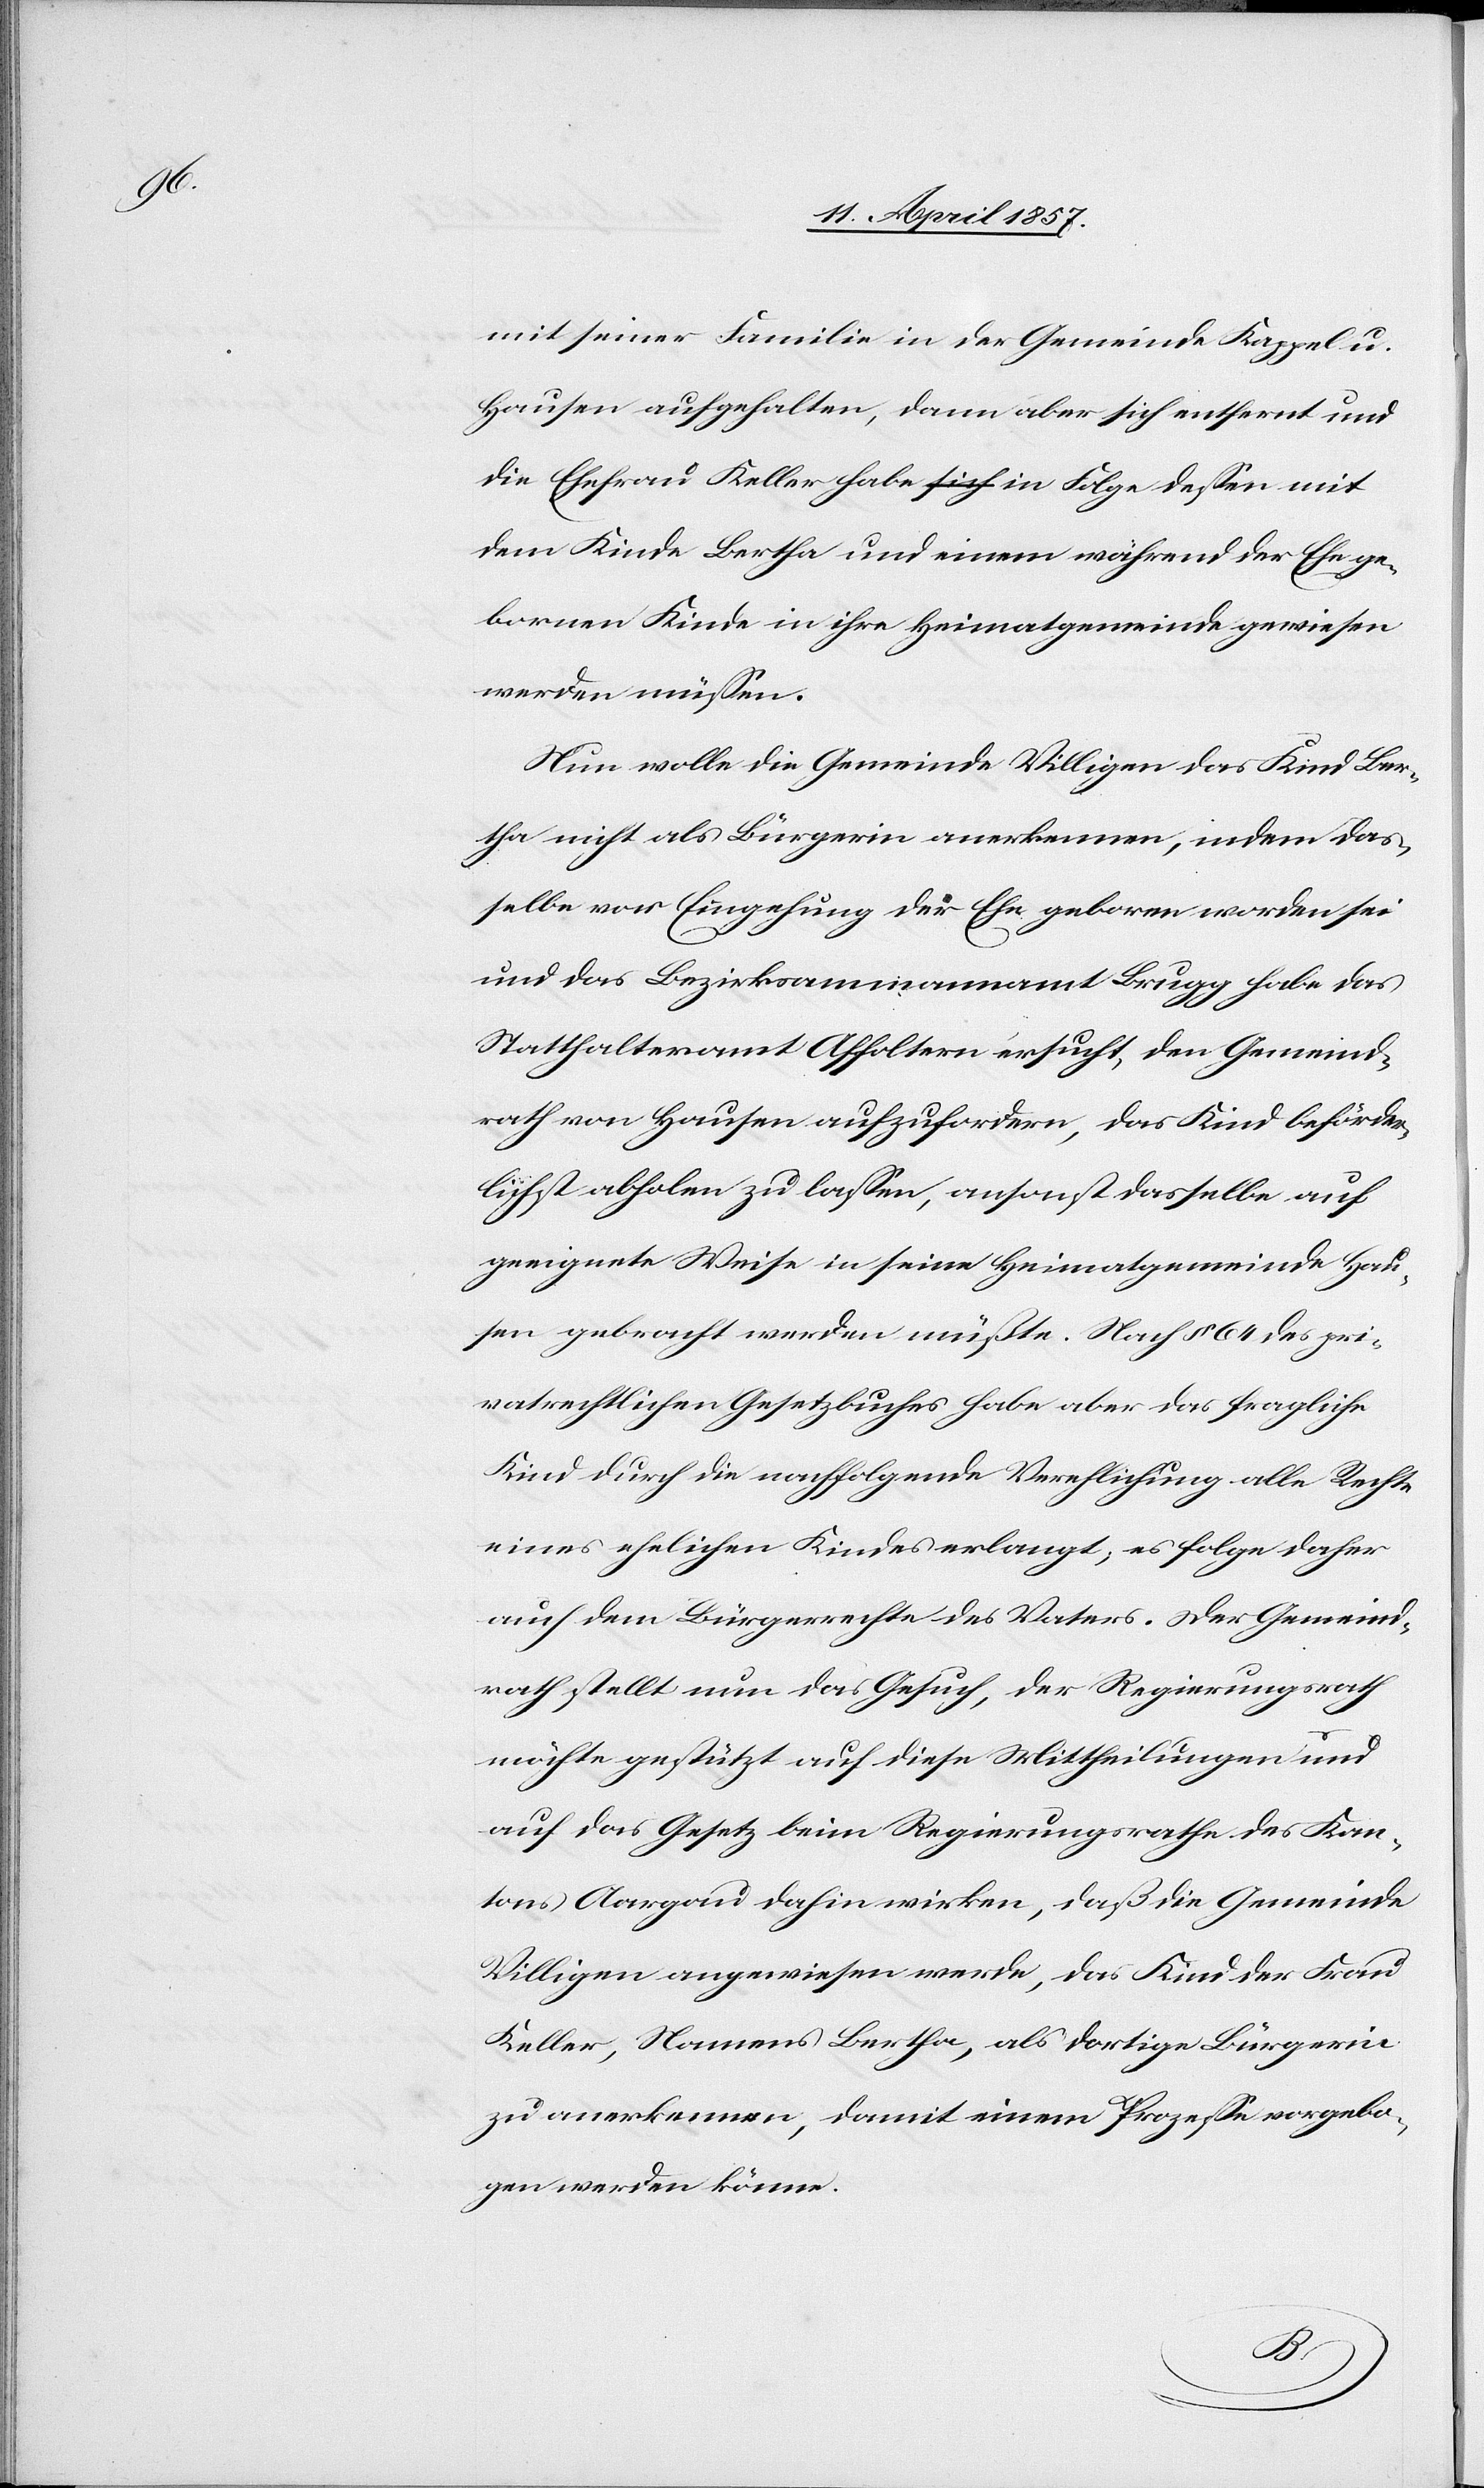
mit seiner Familie in der Gemeinde Kappel u.
Hausen aufgehalten, dann aber sich entfernt und
die Ehefrau Keller habe in Folge dessen mit
dem Kinde Bertha und einem während der Ehe ge¬
bornen Kinde in ihre Heimatgemeinde gewiesen
werden müssen.
Nun wolle die Gemeinde Villigen das Kind Ber¬
tha nicht als Bürgerin anerkennen, indem das¬
selbe vor Eingehung der Ehe geboren worden sei
und das Bezirksammannamt Brugg habe das
Statthalteramt Affoltern ersucht, den Gemeind¬
rath von Hausen aufzufordern, das Kind beförder¬
lichst abholen zu lassen, ansonst dasselbe auf
geeignete Weise in seine Heimatgemeinde Hau¬
sen gebracht werden müßte. Nach § 64 des pri¬
vatrechtlichen Gesetzbuches habe aber das fragliche
Kind durch die nachfolgende Verehlichung alle Rechte
eines ehelichen Kindes erlangt; es folge daher
auch dem Bürgerrechte des Vaters. Der Gemeind¬
rath stellt nun das Gesuch, der Regierungsrath
möchte gestützt auf diese Mittheilungen und
auf das Gesetz beim Regierungsrathe des Kan¬
tons Aargau dahin wirken, daß die Gemeinde
Villigen angewiesen werde, das Kind der Frau
Keller, Namens Bertha, als dortige Bürgerin
zu anerkennen, damit einem Prozesse vorgebo¬
gen werden könne.